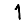
Digit: 1